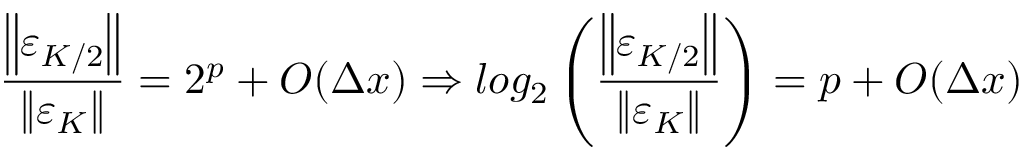
\frac { \left\| \varepsilon _ { K / 2 } \right\| } { \left\| \varepsilon _ { K } \right\| } = 2 ^ { p } + O ( \Delta x ) \Rightarrow l o g _ { 2 } \left( \frac { \left\| \varepsilon _ { K / 2 } \right\| } { \left\| \varepsilon _ { K } \right\| } \right) = p + O ( \Delta x )